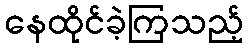
နေထိုင်ခဲ့ကြသည့်